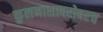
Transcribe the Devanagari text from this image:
कुलनाशाबरोबरच